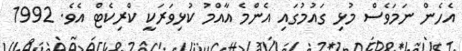
އެހެން ނަމަވެސް މުޅި ގައުމުގައި އެންމެ އާއްމު ކުޅިވަރަކީ ކްރިކެޓް އެވެ. 1992